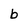
Character: b